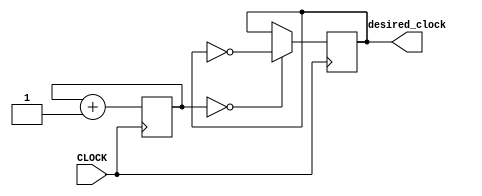
`timescale 1ns / 1ps
//////////////////////////////////////////////////////////////////////////////////
// Company: 
// Engineer: 
// 
// Design Name: 
// Module Name: main_clock_divider
// Project Name: 
// Target Devices: 
// Tool Versions: 
// Description: 
// 
// Dependencies: 
// 
// Revision:
// Revision 0.01 - File Created
// Additional Comments:
// 
//////////////////////////////////////////////////////////////////////////////////


module main_clock_divider(input CLOCK, output reg desired_clock = 0);
    reg [8:0] count = 0;
    
    always @ (posedge CLOCK)
    begin
        count <= count + 1;
        desired_clock <= (count == 0) ? ~desired_clock : desired_clock;
    end
endmodule